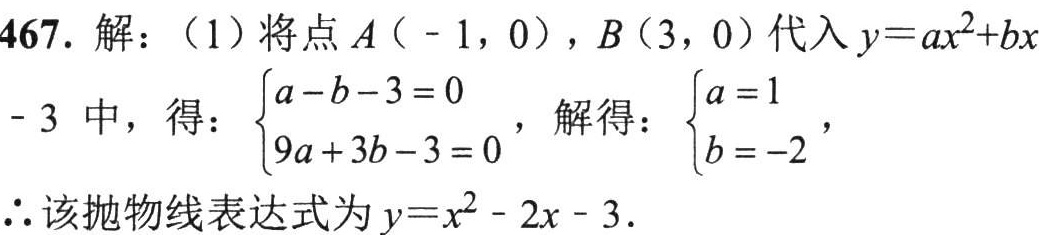
467. 解：（1）将点\(A(-1,0)\)，\(B(3,0)\)代入\(y = ax^{2}+bx - 3\)中，得：\(\begin{cases}a - b - 3 = 0\\9a + 3b - 3 = 0\end{cases}\)，解得：\(\begin{cases}a = 1\\b = - 2\end{cases}\)，
\(\therefore\)该抛物线表达式为\(y = x^{2}-2x - 3\).